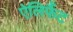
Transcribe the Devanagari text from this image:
ऐलिफैंट